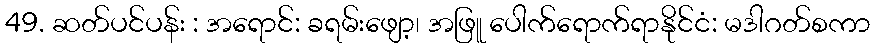
49. ဆတ်ပင်ပန်း : အရောင်: ခရမ်းဖျော့၊ အဖြူ ပေါက်ရောက်ရာနိုင်ငံ: မဒါဂတ်စကာ